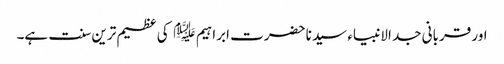
اور قربانی جد الانبیاء سیدنا حضرت ابراہیم ﷤ کی عظیم ترین سنت ہے۔